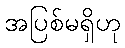
အပြစ်မရှိဟု